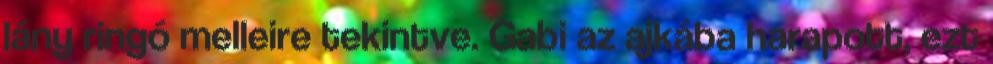
lány ringó melleire tekintve. Gabi az ajkába harapott, ezt